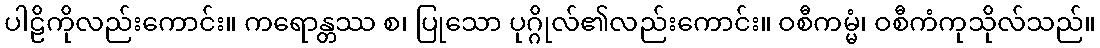
ပါဠိကိုလည်းကောင်း။ ကရောန္တဿ စ၊ ပြုသော ပုဂ္ဂိုလ်၏လည်းကောင်း။ ဝစီကမ္မံ၊ ဝစီကံကုသိုလ်သည်။